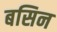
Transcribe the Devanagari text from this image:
बसिन